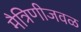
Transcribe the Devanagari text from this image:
मैत्रिणीजवळ